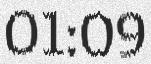
01:09